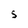
Character: 5